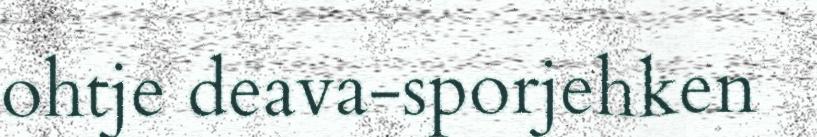
ohtje deava-sporjehken